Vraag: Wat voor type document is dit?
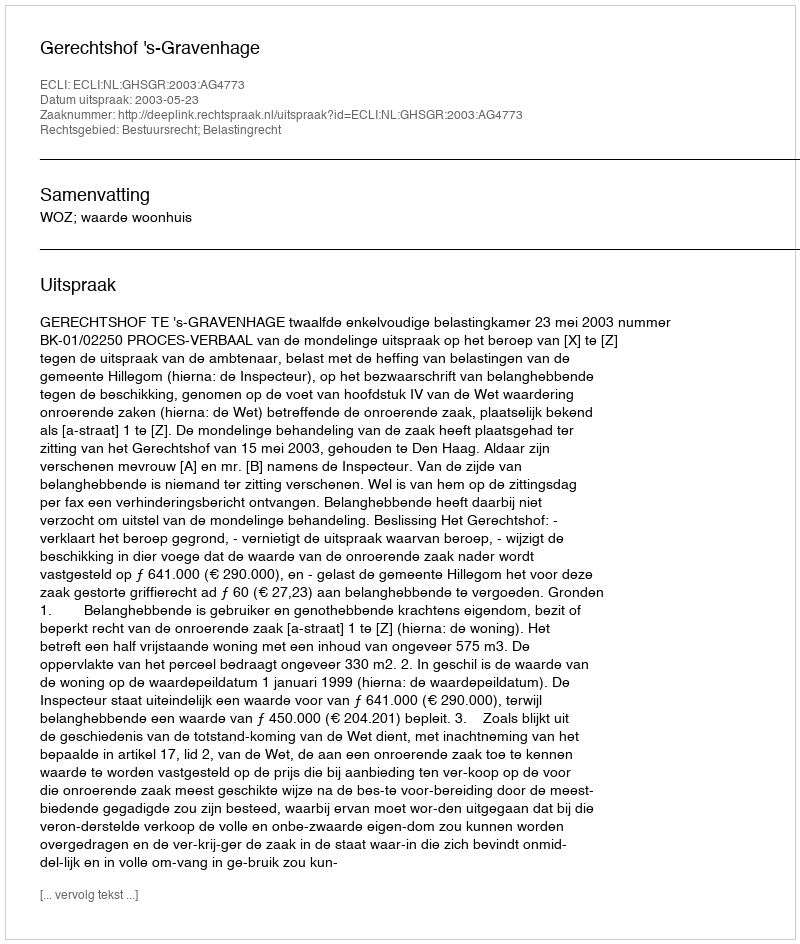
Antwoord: Uitspraak